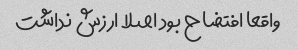
واقعا افتضاح بود اصلا ارزش نداشت